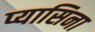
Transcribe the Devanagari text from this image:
प्यासिना